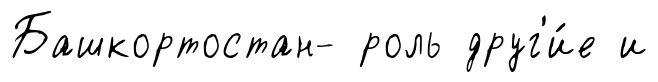
Башкортостан- роль друг'и́е и